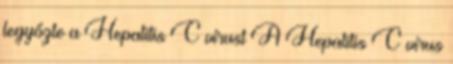
legyőzte a Hepatitis C vírust A Hepatitis C vírus